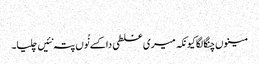
‏
مینوں چنگا لگا کیونکہ میری غلطی دا کسے نُوں پتہ نئیں چلیا۔